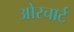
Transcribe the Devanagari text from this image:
ओरचार्ट